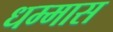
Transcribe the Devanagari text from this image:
धम्मास